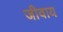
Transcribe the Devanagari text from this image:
जीवाय